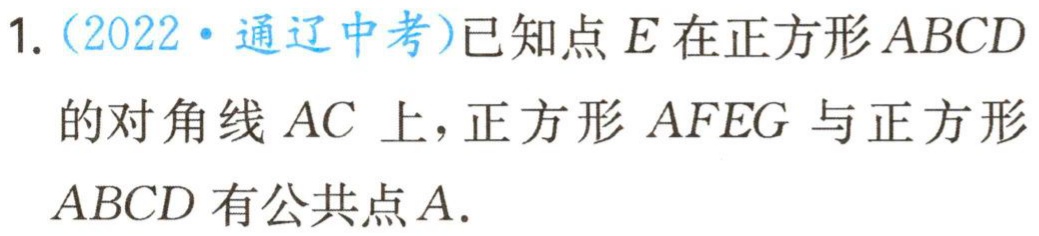
1.（2022·通辽中考）已知点\(E\)在正方形\(ABCD\)的对角线\(AC\)上，正方形\(AFEG\)与正方形\(ABCD\)有公共点\(A\).